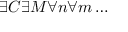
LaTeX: \exists C \exists M \forall n \forall m \dots